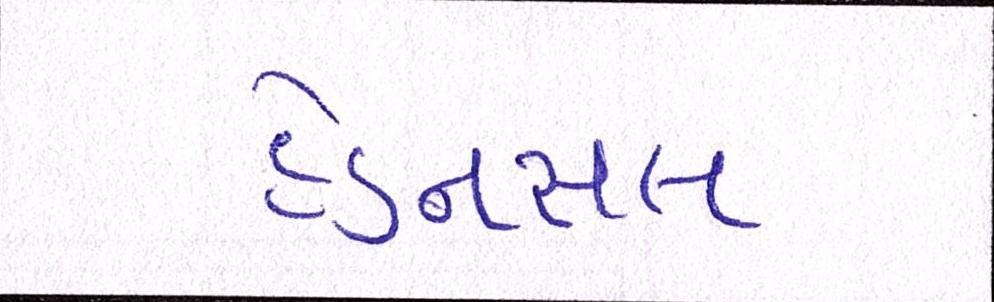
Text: હેડનસલ